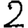
Digit: 2